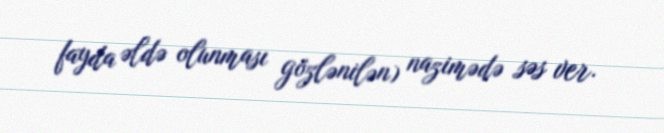
fayda əldə olunması gözlənilən) nazimədə səs ver.